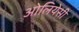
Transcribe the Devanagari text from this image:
ओलियेसी